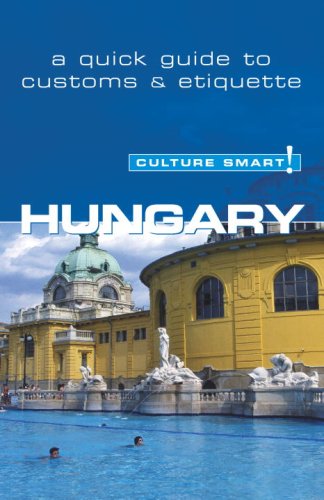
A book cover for Hungary - Culture Smart!: a quick guide to customs & etiquette; Brian McLean; Travel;